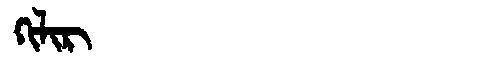
Manchu: ᡴᡳᠯᡳᡵ
Romanization: KILIR